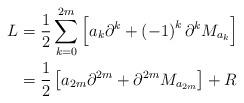
LaTeX: \begin{align*}L & =\frac{1}{2}\sum_{k=0}^{2m}\left[ a_{k}\partial^{k}+\left( -1\right)^{k}\partial^{k}M_{a_{k}}\right] \\& =\frac{1}{2}\left[ a_{2m}\partial^{2m}+\partial^{2m}M_{a_{2m}}\right] +R\end{align*}